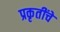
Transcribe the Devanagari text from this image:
प्रकृतींचे